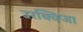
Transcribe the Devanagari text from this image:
उरक्विजा